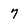
Character: 7